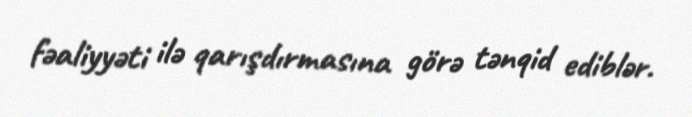
fəaliyyəti ilə qarışdırmasına görə tənqid ediblər.